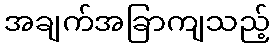
အချက်အခြာကျသည့်